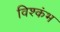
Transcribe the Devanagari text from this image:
विश्कंभ